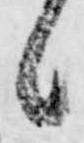
候